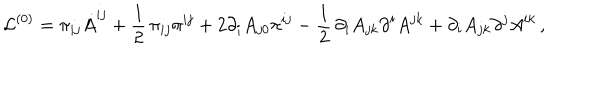
{ \cal L } ^ { ( 0 ) } = \pi _ { i j } \dot { A } ^ { i j } + { \frac { 1 } { 2 } } \, \pi _ { i j } \pi ^ { i j } + 2 \partial _ { i } A _ { j 0 } \pi ^ { i j } - { \frac { 1 } { 2 } } \, \partial _ { i } A _ { j k } \partial ^ { i } A ^ { j k } + \partial _ { i } A _ { j k } \partial ^ { j } A ^ { i k } \, ,